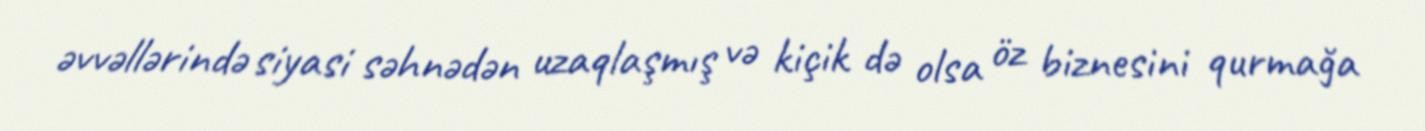
əvvəllərində siyasi səhnədən uzaqlaşmış və kiçik də olsa öz biznesini qurmağa